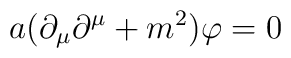
a (\partial_{\mu}\partial^{\mu} + m^{2}) \varphi = 0